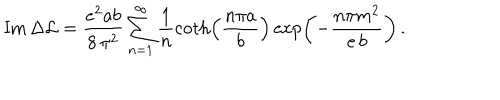
LaTeX: \mathrm { I m } \, { \Delta { \cal L } } = \frac { e ^ { 2 } a b } { 8 \, \pi ^ { 2 } } \sum _ { n = 1 } ^ { \infty } \frac { 1 } { n } \coth \left( \frac { n \pi a } { b } \right) \exp \left( - \frac { n \pi m ^ { 2 } } { e \, b } \right) \, .